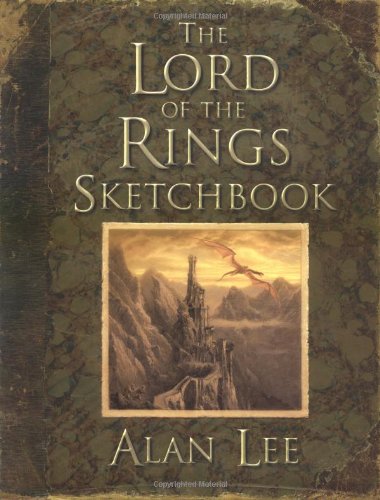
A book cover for The Lord of the Rings Sketchbook; Humor & Entertainment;